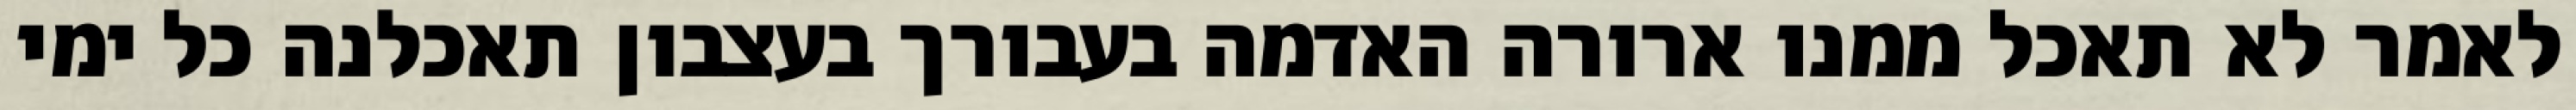
לאמר לא תאכל ממנו ארורה האדמה בעבורך בעצבון תאכלנה כל ימי